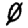
Digit: 0